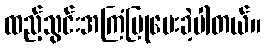
ထည့်သွင်းအကြံပြုပေးခဲ့ပါတယ်။